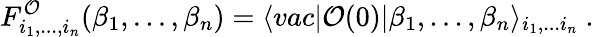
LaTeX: F_{i_{1},...,i_{n}}^{\cal O}(\beta_{1},...,\beta_{n})=\langle vac\vert{\cal O}(0)\vert\beta_{1},...,\beta_{n}\rangle_{i_{1},...i_{n}}\ .